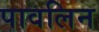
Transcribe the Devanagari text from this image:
पावलिन